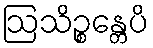
ဩသိဉ္စန္တေပိ